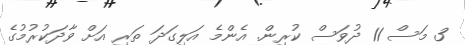
3 މަސް 11 ދުވަސް ކުރިން. އެންމެ އަލިގަދަ ތަރި އަށް ވާދަކުރުމުގެ